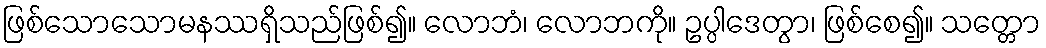
ဖြစ်သောသောမနဿရှိသည်ဖြစ်၍။ လောဘံ၊ လောဘကို။ ဥပ္ပါဒေတွာ၊ ဖြစ်စေ၍။ သတ္တော